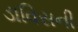
ડાવિસની